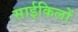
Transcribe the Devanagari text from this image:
साईकिलों